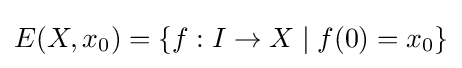
E(X,x_{0})=\{f:I\to X\mid f(0)=x_{0}\}